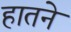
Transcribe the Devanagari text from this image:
हातने